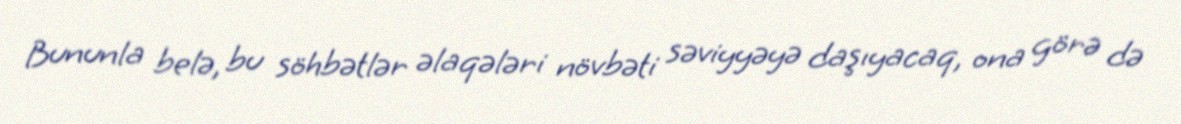
Bununla belə, bu söhbətlər əlaqələri növbəti səviyyəyə daşıyacaq, ona görə də